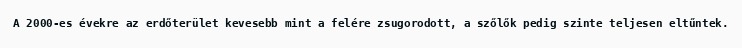
A 2000-es évekre az erdőterület kevesebb mint a felére zsugorodott, a szőlők pedig szinte teljesen eltűntek.